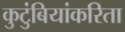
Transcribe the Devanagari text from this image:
कुटुंबियांकरिता